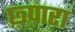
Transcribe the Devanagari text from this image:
छ्पारा